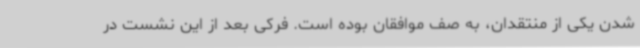
شدن یکی از منتقدان، به صف موافقان بوده است. فرکی بعد از این نشست در